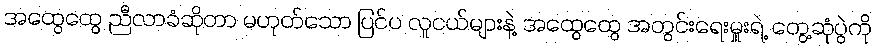
အထွေထွေ ညီလာခံဆိုတာ မဟုတ်သော ပြင်ပ လူငယ်များနဲ့ အထွေထွေ အတွင်းရေးမှူးရဲ့ တွေ့ဆုံပွဲကို